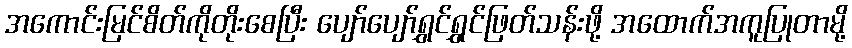
အကောင်းမြင်စိတ်ကိုတိုးစေပြီး ပျော်ပျော်ရွှင်ရွှင်ဖြတ်သန်းဖို့ အထောက်အကူပြုတာမို့